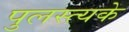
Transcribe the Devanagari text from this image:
पुलस्त्यके